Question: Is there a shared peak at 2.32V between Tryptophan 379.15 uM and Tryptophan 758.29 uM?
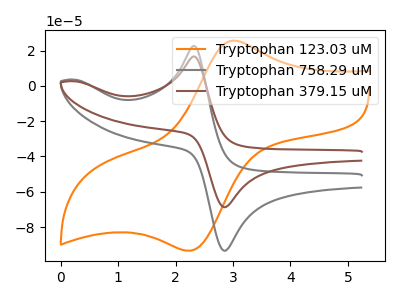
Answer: <think>The orange curve "Tryptophan 123.03 uM" has an anodic peak at (3.00V, 25.60uA) and a cathodic peak at (2.25V, -93.45uA). The gray curve "Tryptophan 758.29 uM" has an anodic peak at (2.30V, 22.60uA) and a cathodic peak at (2.85V, -93.35uA). The brown curve "Tryptophan 379.15 uM" has an anodic peak at (2.30V, 16.65uA) and a cathodic peak at (2.85V, -68.70uA).</think>
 <answer>Yes, "Tryptophan 379.15 uM" and "Tryptophan 758.29 uM" share a peak at 2.32V.</answer>
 <eval>match</eval>